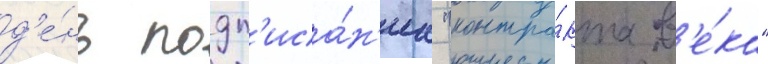
д'е́нь подп'иса́н'иа "контра́кта в'е́ка"